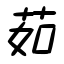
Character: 茹